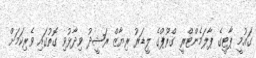
ގައުމީ ޕާޓީގެ ޕާލަމެންޓްރީ ގްރޫޕްގެ ލީޑަރު ރިޔާޒް ރަޝީދު ވިދާޅުވި ގޮތުގައި ވެރިކަމަށް